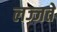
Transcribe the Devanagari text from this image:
लज्जते